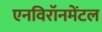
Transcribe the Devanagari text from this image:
एनविरॉनमेंटल